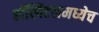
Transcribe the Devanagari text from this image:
हॉस्पिटलमध्येच